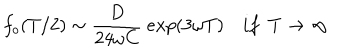
LaTeX: f _ { o } ( T / 2 ) \sim { \frac { D } { 2 4 \omega C } } \ e x p ( 3 \omega T ) i f \ \ T \rightarrow \infty